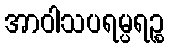
အာဝါသပရမ္ပရဉ္စ